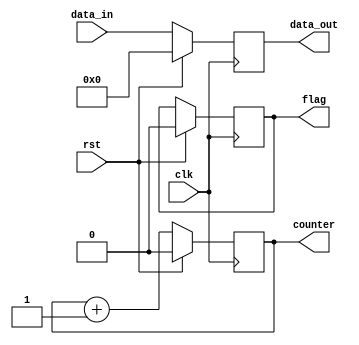
module reset_condition(
    input wire clk,       // Clock input
    input wire rst,       // Reset input (active-high)
    input wire [7:0] data_in, // Example input data
    output reg [7:0] data_out, // Example output data
    output reg counter,   // Example counter
    output reg flag       // Example flag
);

// Initial state (optional, for simulation purposes)
initial begin
    data_out = 8'b0;
    counter = 1'b0;
    flag = 1'b0;
end

// Synchronous Reset Logic
always @(posedge clk) begin
    if (rst) begin
        // State Initialization on reset
        data_out <= 8'b0;   // Clear data output
        counter <= 1'b0;     // Reset counter
        flag <= 1'b0;        // Clear flag
    end else begin
        // Normal operation logic (example)
        data_out <= data_in; // Example of passing input to output
        counter <= counter + 1; // Increment counter
        flag <= (counter == 8'b1111) ? 1'b1 : flag; // Set flag condition
    end
end

endmodule